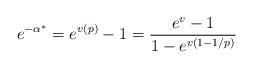
LaTeX: \begin{align*}{}e^{-\alpha^*} = e^{v(p)}-1 = \frac{e^{v} - 1}{1-e^{v(1-1/p)}}\end{align*}